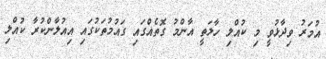
އުމަރު ވިދާޅުވީ މި ކުއްލި ހާލަތީ އާންމު ގޮތެއްގައި ގައުމުތަކުގައި އިއުލާންކުރާ ކުއްލި